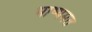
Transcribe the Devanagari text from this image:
भाष्यमत